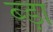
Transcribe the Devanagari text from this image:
ब्ड़ा